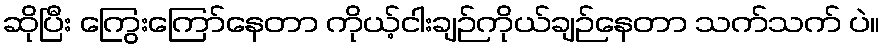
ဆိုပြီး ကြွေးကြော်နေတာ ကိုယ့်ငါးချဉ်ကိုယ်ချဉ်နေတာ သက်သက် ပဲ။